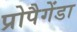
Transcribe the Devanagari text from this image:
प्रोपैगेंडा